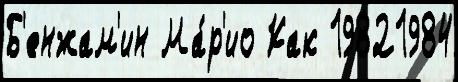
Б'енжам'ин Ма́р'ио Как 19821984